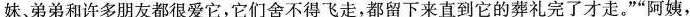
妹。弟弟和许多朋友都很爱它，它们舍不得飞走，都留下来直到它的葬礼完了才走。””阿姨，